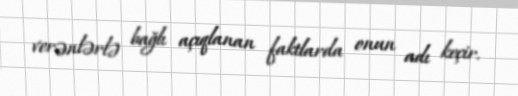
verənlərlə bağlı açıqlanan faktlarda onun adı keçir.